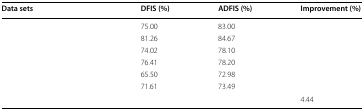
<table><thead><tr><td><b>Data sets</b></td><td><b>DFIS (%)</b></td><td><b>ADFIS (%)</b></td><td><b>Improvement (%)</b></td></tr></thead><tbody><tr><td>[EMPTY_CELL]</td><td>75.00</td><td>83.00</td><td>[EMPTY_CELL]</td></tr><tr><td>[EMPTY_CELL]</td><td>81.26</td><td>84.67</td><td>[EMPTY_CELL]</td></tr><tr><td>[EMPTY_CELL]</td><td>74.02</td><td>78.10</td><td>[EMPTY_CELL]</td></tr><tr><td>[EMPTY_CELL]</td><td>76.41</td><td>78.20</td><td>[EMPTY_CELL]</td></tr><tr><td>[EMPTY_CELL]</td><td>65.50</td><td>72.98</td><td>[EMPTY_CELL]</td></tr><tr><td>[EMPTY_CELL]</td><td>71.61</td><td>73.49</td><td>[EMPTY_CELL]</td></tr><tr><td colspan="3">[EMPTY_CELL]</td><td>4.44</td></tr></tbody></table>